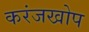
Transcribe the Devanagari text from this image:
करंजखोप